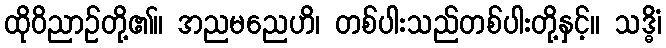
ထိုဝိညာဉ်တို့၏။ အညမညေဟိ၊ တစ်ပါးသည်တစ်ပါးတို့နှင့်။ သဒ္ဓိံ၊